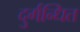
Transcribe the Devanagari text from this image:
दुर्गन्धित